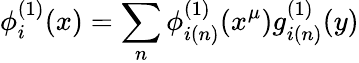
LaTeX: \phi_{i}^{(1)}(x)=\sum_{n}\phi_{i(n)}^{(1)}(x^{\mu})g_{i(n)}^{(1)}(y)